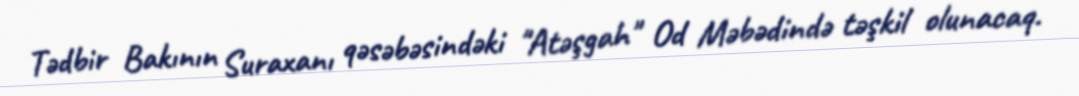
Tədbir Bakının Suraxanı qəsəbəsindəki "Atəşgah" Od Məbədində təşkil olunacaq.